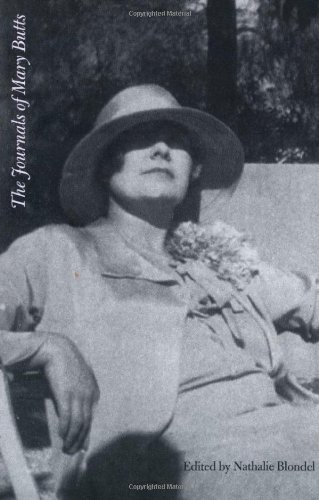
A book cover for The Journals of Mary Butts; Mary Butts; Literature & Fiction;